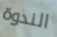
الندوة